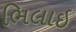
ભિલાઇ